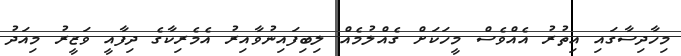
މިހާދިސާގައި އިތުރު އެއްވެސް މީހަކަށް ގެއްލުމެއް ލިބިފައިނުވާއިރު އެމެރިކާގެ ދިފާއީ ވަޒީރު މިއަދު